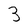
Character: 3